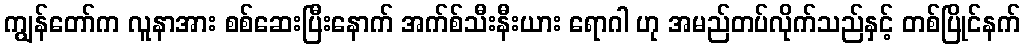
ကျွန်တော်က လူနာအား စစ်ဆေးပြီးနောက် အက်စ်သီးနီးယား ရောဂါ ဟု အမည်တပ်လိုက်သည်နှင့် တစ်ပြိုင်နက်